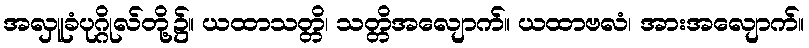
အလှူခံပုဂ္ဂိုလ်တို့၌။ ယထာသတ္တိ၊ သတ္တိအလျောက်။ ယထာဗလံ၊ အားအလျောက်။